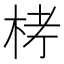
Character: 𣑥